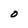
Character: O